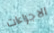
الاجراءات